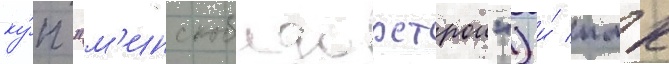
ку́п "м'инскоблдорстрои") и́ пмк